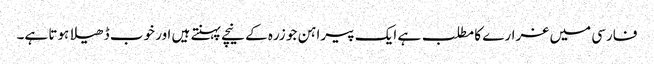
فارسی میں غرارے کا مطلب ہے ایک پیراہن جو زرہ کے نیچے پہنتے ہیں اور خوب ڈھیلا ہوتا ہے۔